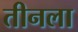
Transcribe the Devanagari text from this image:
तीनला